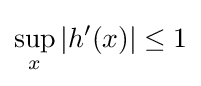
\sup _{x}|h'(x)|\leq 1